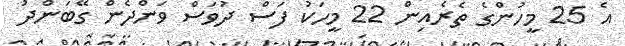
އެ 25 މީހުންގެ ތެރެއިން 22 މީހަކު ފަސް ދުވަސް ވަންދެން ގޭބަންދު